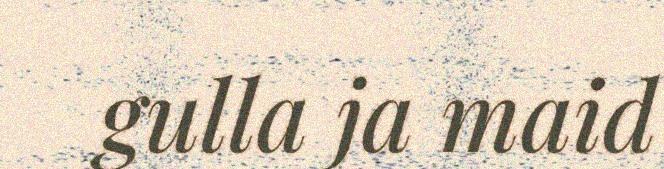
gulla ja maid